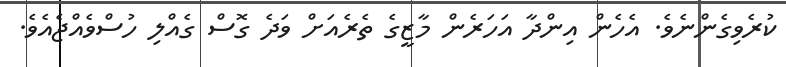
ކުރެވިގެންނެވެ. އެހެން އިންދާ އަހަރެން މާޒީގެ ތެރެއަށް ވަދެ ގޮސް ގެއްލި ހުސްވެއްޖެއެވެ.